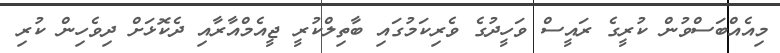
މިއެއްބަސްވުން ކުރީގެ ރައީސް ވަހީދުގެ ވެރިކަމުގައި ބާތިލްކުރީ ޖީއެމްއާރާއި ދެކޮޅަށް ދިވެހިން ކުރި